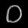
Digit: ၀